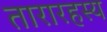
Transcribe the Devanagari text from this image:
तारारहस्य